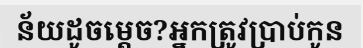
ន័យដូចម្តេច?អ្នកត្រូវប្រាប់កូន